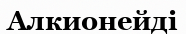
Алкионейді